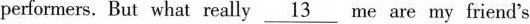
performers. But what really \underline {13} me are my friend's